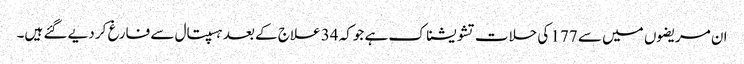
ان مریضوں میں سے 177 کی حلات تشویشناک ہے جوکہ 34 علاج کے بعد ہسپتال سے فارغ کر دیے گئے ہیں۔